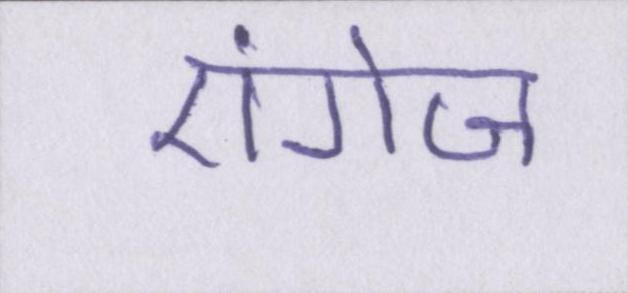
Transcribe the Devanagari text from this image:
एंगेज